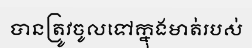
បានត្រូវចូលទៅក្នុងមាត់របស់